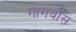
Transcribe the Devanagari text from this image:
गागर्वास